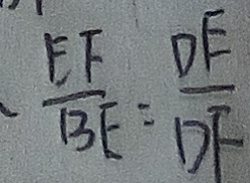
\frac { E F } { B E } = \frac { D E } { D F }